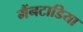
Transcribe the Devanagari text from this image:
मैंनटाडिया